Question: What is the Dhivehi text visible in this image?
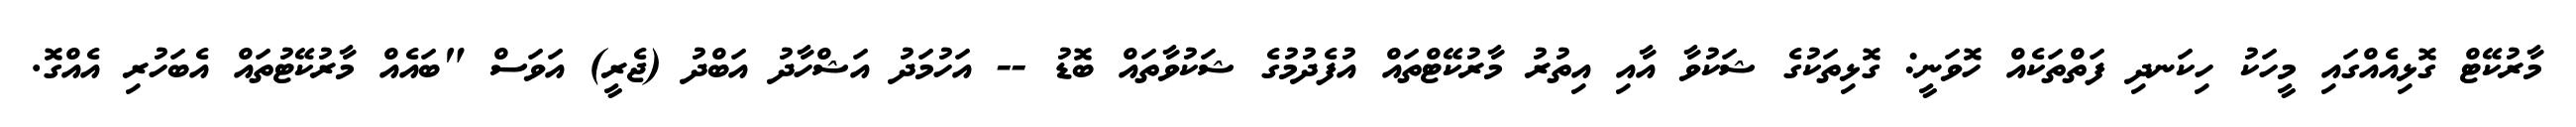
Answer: މާރުކޭޓް ގޮޅިއެއްގައި މީހަކު ހިކަނދި ފަތްތަކެއް ހޮވަނީ: ގޮޅިތަކުގެ ޝަކުވާ އާއި އިތުރު މާރުކޭޓްތައް އުފެދުމުގެ ޝަކުވާތައް ބޮޑު -- އަހުމަދު އަޝްހާދު އަބްދު (ޖެރީ) އަވަސް "ބައެއް މާރުކޭޓުތައް އެބަހުރި އެއްގޮ.